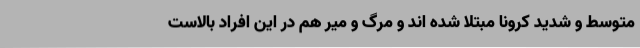
متوسط و شدید کرونا مبتلا شده اند و مرگ و میر هم در این افراد بالاست